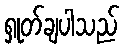
ရှုတ်ချပါသည်